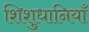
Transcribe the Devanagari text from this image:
शिशुधानियाँ